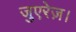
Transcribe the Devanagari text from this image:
जुएरेज़।